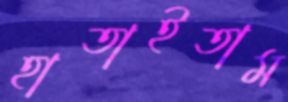
হাতাইতাম